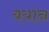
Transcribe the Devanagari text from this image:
बयांन